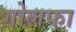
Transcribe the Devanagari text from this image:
गोलफा